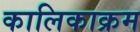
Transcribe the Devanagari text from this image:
कालिकाक्रम